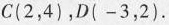
C(2，4)，D(-3，2)。